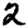
Digit: 2